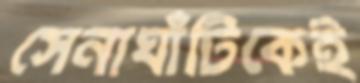
সেনাঘাঁটিকেই